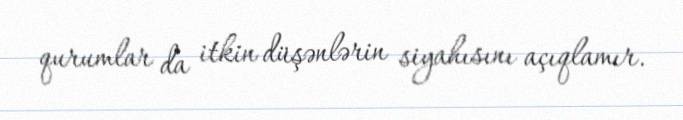
qurumlar da itkin düşənlərin siyahısını açıqlamır.